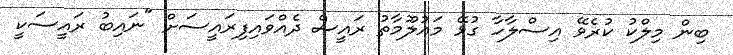
ބިން މިލްކު ކުރެވޭ އިސްލާހާ ގުޅޭ މައުލޫމާތު ރައީސް ދެއްވައިފިރައީސަށް "ނައިބު ރައީސަކީ